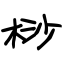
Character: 桫